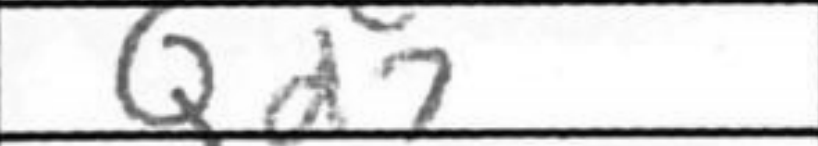
Transcription: Qd7